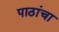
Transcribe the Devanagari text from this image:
पाठांचा